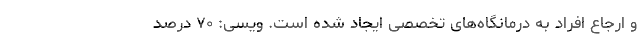
و ارجاع افراد به درمانگاه‌های تخصصی ایجاد شده است. ویسی: ٧٠ درصد